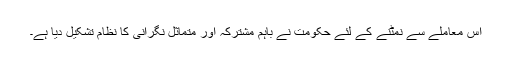
اس معاملے سے نمٹنے کے لئے حکومت نے باہم مشترکہ اور متماثل نگرانی کا نظام تشکیل دیا ہے۔